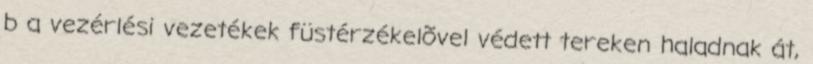
b a vezérlési vezetékek füstérzékelõvel védett tereken haladnak át,